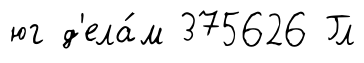
юг д'ела́м 375626 Гл